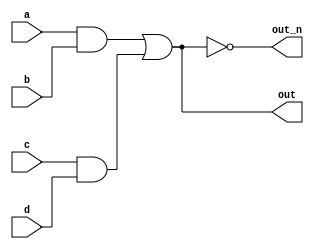
// This program was cloned from: https://github.com/milind7777/VerilogDocGen
// License: MIT License

module wire_decl (
  input a,
  input b,
  input c,
  input d,
  output out,
  output out_n
);

  wire w1, w2;
  assign w1 = a&b;
  assign w2 = c&d;
  assign out = w1|w2;
  assign out_n = ~out;

endmodule